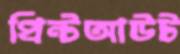
প্রিন্টআউট